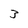
Character: 3